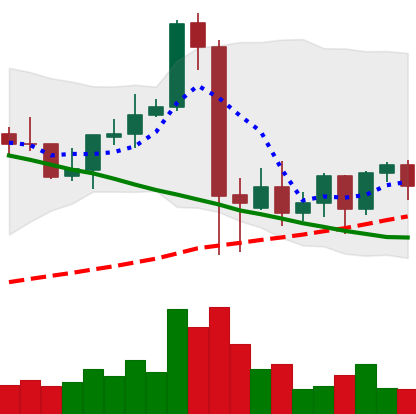
Ticker: NEO-USD
Chart end date: 2021-09-16
Forward return: -26.007%
Label: down_7plus